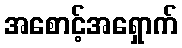
အစောင့်အရှောက်